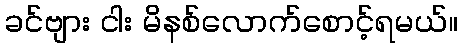
ခင်ဗျား ငါး မိနစ်လောက်စောင့်ရမယ်။